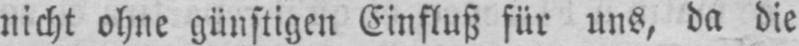
nicht ohne günstigen Einfluss für uns, da die